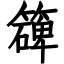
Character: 𥵔